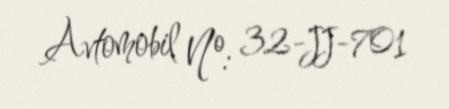
Avtomobil №: 32-JJ-701